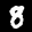
Label: 8